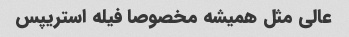
عالی مثل همیشه مخصوصا فیله استریپس